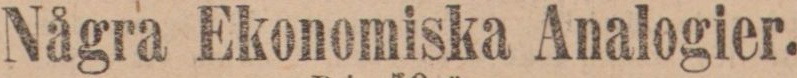
Några Ekonomiska Analogier.